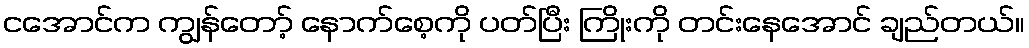
ငအောင်က ကျွန်တော့် နောက်စေ့ကို ပတ်ပြီး ကြိုးကို တင်းနေအောင် ချည်တယ်။